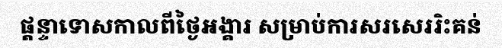
ផ្តន្ទាទោសកាលពីថ្ងៃអង្គារ សម្រាប់ការសរសេររិះគន់